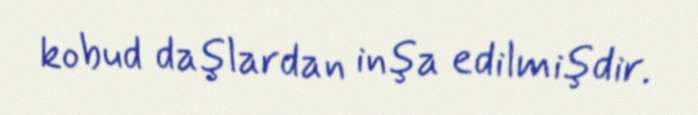
kobud daşlardan inşa edilmişdir.